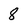
Character: 8